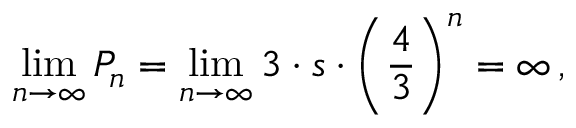
\operatorname* { l i m } _ { n \rightarrow \infty } P _ { n } = \operatorname* { l i m } _ { n \rightarrow \infty } 3 \cdot s \cdot \left( { \frac { 4 } { 3 } } \right) ^ { n } = \infty \, ,